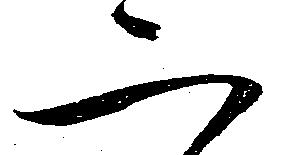
二